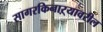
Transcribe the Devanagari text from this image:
सागरकिनाऱ्यावरील